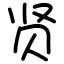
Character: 贤